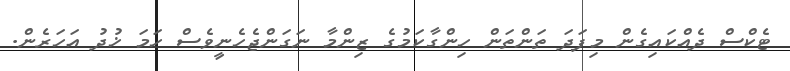
ޓެކްސް ދެއްކައިގެން މިފަދަ ތަންތަން ހިންގާކަމުގެ ޒިންމާ ނަގަންޖެހެނީވެސް ހަމަ ޚުދު އަހަރެން.